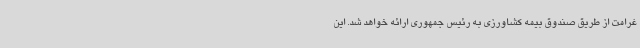
غرامت از طریق صندوق بیمه کشاورزی به رئیس جمهوری ارائه خواهد شد. این